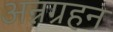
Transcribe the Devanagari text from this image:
अन्नग्रहन